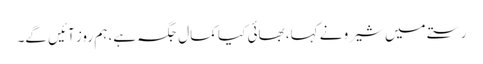
رستے میں شیرو نے کہا، بھائی کیا کمال جگہ ہے، ہم روز آئیں گے۔